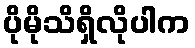
ပိုမိုသိရှိလိုပါက